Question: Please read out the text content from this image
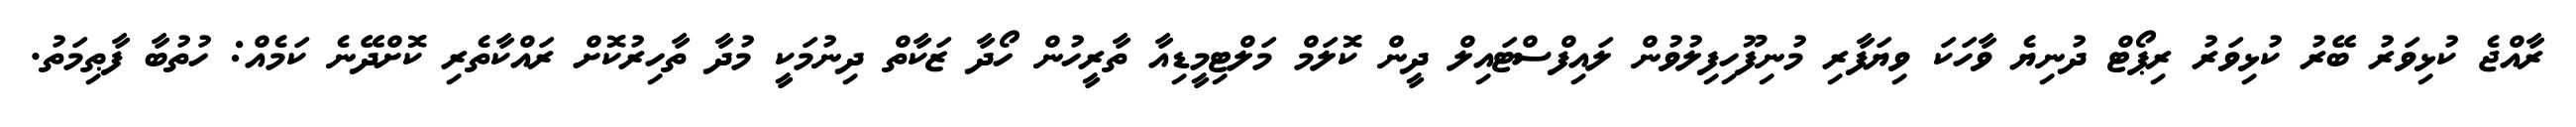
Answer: ރާއްޖެ ކުޅިވަރު ބޭރު ކުޅިވަރު ރިޕޯޓް ދުނިޔެ ވާހަކަ ވިޔަފާރި މުނިފޫހިފިލުވުން ލައިފްސްޓައިލް ދީން ކޮލަމް މަލްޓިމީޑިއާ ތާރީހުން ހޯދާ ޒަކާތް ދިނުމަކީ މުދާ ތާހިރުކޮށް ރައްކާތެރި ކޮށްދޭނެ ކަމެއް: ހުތުބާ ފާޠިމަތު.